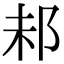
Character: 𨚘